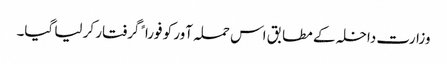
وزارت داخلہ کے مطابق اس حملہ آور کو فوراﹰ گرفتار کر لیا گیا۔